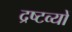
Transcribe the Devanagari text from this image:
द्रष्टव्यों